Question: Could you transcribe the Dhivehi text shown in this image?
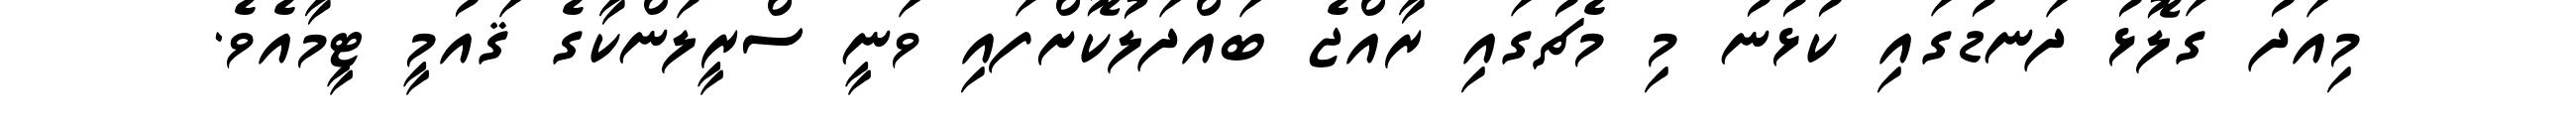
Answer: މިއަދު ގަލޮޅު ދަނޑުގައި ކުޅުނު މި މެޗުގައި ރާއްޖެ ބައްދަލުކޮށްފައި ވަނީ ސްރީލަންކާގެ ޤައުމީ ޓީމާއެވެ.